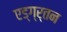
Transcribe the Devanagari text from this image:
एड्ग्र्तन